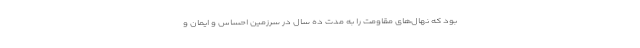
بود که نهال‌های مقاومت را به مدت ده سال در سرزمین احساس و ایمان و